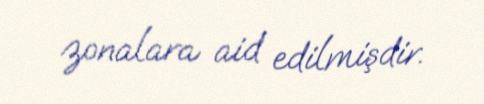
zonalara aid edilmişdir.